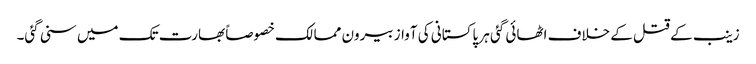
زینب کے قتل کے خلاف اٹھائی گئی ہر پاکستانی کی آواز بیرون ممالک خصوصاً بھارت تک میں سنی گئی۔